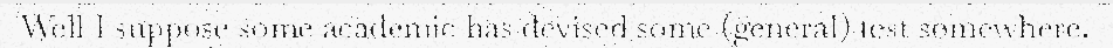
Well I suppose some academic has devised some (general) test somewhere.